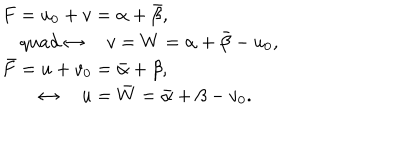
LaTeX: \begin{array} { l } { { F = u _ { 0 } + v = \alpha + \bar { \beta } , } } \\ { { \quad q u a d \leftrightarrow \quad v = W = \alpha + \bar { \beta } - u _ { 0 } , } } \\ { { \bar { F } = u + v _ { 0 } = \bar { \alpha } + \beta , } } \\ { { \quad \quad \leftrightarrow \quad u = \bar { W } = \bar { \alpha } + \beta - v _ { 0 } . } } \\ \end{array}